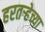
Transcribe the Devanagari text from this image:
हरतर्‍हेच्या